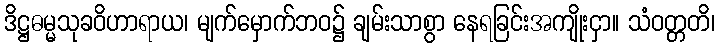
ဒိဋ္ဌဓမ္မသုခဝိဟာရာယ၊ မျက်မှောက်ဘဝ၌ ချမ်းသာစွာ နေရခြင်းအကျိုးငှာ။ သံဝတ္တတိ၊